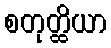
စတုတ္ထိယာ